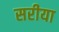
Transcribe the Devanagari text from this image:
सरीया